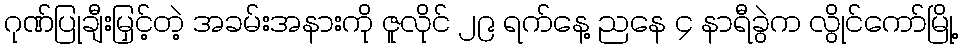
ဂုဏ်ပြုချီးမြှင့်တဲ့ အခမ်းအနားကို ဇူလိုင် ၂၉ ရက်နေ့ ညနေ ၄ နာရီခွဲက လွိုင်ကော်မြို့